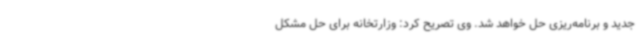
جدید و برنامه‌ریزی حل خواهد شد. وی تصریح کرد: وزارتخانه برای حل مشکل